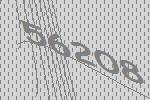
56208